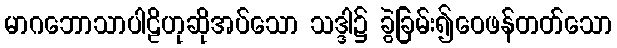
မာဂဘောသာပါဠိဟုဆိုအပ်သော သဒ္ဒါ၌ ခွဲခြမ်း၍ဝေဖန်တတ်သော